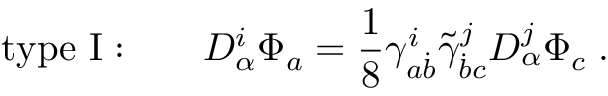
\mathrm { t y p e ~ I : } \qquad D _ { \alpha } ^ { i } \Phi _ { a } = { \frac { 1 } { 8 } } \gamma _ { a \dot { b } } ^ { i } \tilde { \gamma } _ { \dot { b } c } ^ { j } D _ { \alpha } ^ { j } \Phi _ { c } \; .